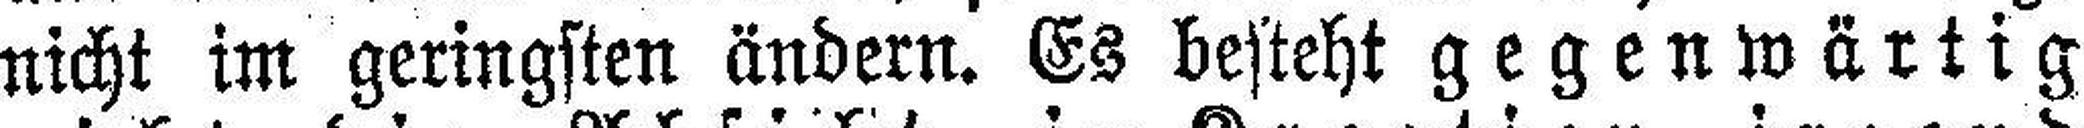
nicht im geringsten ändern. Es besteht gegenwärtig